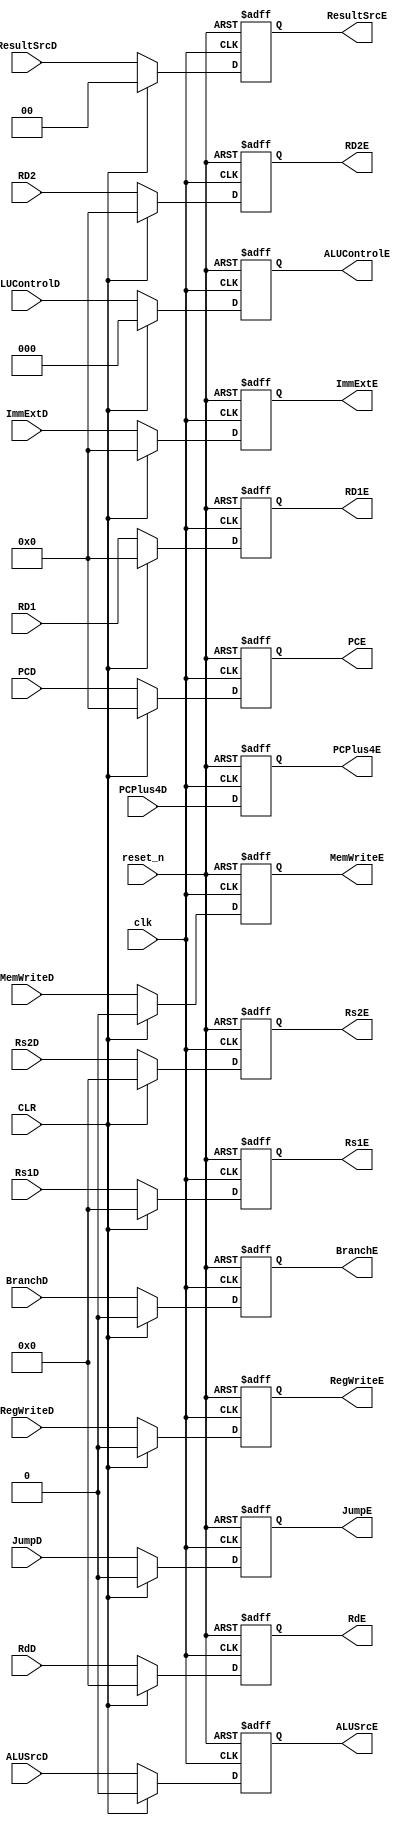
module decode_execute_pipeline(
input wire clk,
input wire reset_n,
input wire RegWriteD,
input wire [1:0] ResultSrcD,
input wire MemWriteD,
input wire JumpD,
input wire BranchD,
input wire [2:0] ALUControlD,
input wire ALUSrcD,
input wire CLR,

input wire [31:0] RD1,
input wire [31:0] RD2,
input wire [31:0] PCD,
input wire [4:0] Rs1D,
input wire [4:0] Rs2D,
input wire [4:0] RdD,
input wire [31:0] ImmExtD,
input wire [31:0] PCPlus4D,

output reg RegWriteE,
output reg [1:0] ResultSrcE,
output reg MemWriteE,
output reg JumpE,
output reg BranchE,
output reg [2:0] ALUControlE,
output reg ALUSrcE,

output reg [31:0] RD1E,
output reg [31:0] RD2E,
output reg [31:0] PCE,
output reg [4:0] Rs1E,
output reg [4:0] Rs2E,
output reg [4:0] RdE,

output reg [31:0] ImmExtE,
output reg [31:0] PCPlus4E

);


always @(posedge clk or negedge reset_n  ) begin
 if (!reset_n) 
begin

RegWriteE <= 1'b0;
ResultSrcE <= 2'b0;
MemWriteE <= 1'b0;
JumpE <= 1'b0;
BranchE <= 1'b0;
ALUControlE <= 3'b0;
ALUSrcE <= 1'b0;

 RD1E <= 32'b0;
 RD2E <= 32'b0;
 PCE <= 32'b0;
 Rs1E <= 5'b0;
 Rs2E <= 5'b0;
 RdE <= 5'b0;

 ImmExtE <= 32'b0;
 PCPlus4E <= 32'b0;
end

else if (CLR)
begin
RegWriteE <= 1'b0;
ResultSrcE <= 2'b0;
MemWriteE <= 1'b0;
JumpE <= 1'b0;
BranchE <= 1'b0;
ALUControlE <= 3'b0;
ALUSrcE <= 1'b0;

 RD1E <= 32'b0;
 RD2E <= 32'b0;
 PCE <= 32'b0;
 Rs1E <= 5'b0;
 Rs2E <= 5'b0;
 RdE <= 5'b0;

 ImmExtE <= 32'b0;
 PCPlus4E <= PCPlus4D;
end

else
begin



RegWriteE <= RegWriteD;
ResultSrcE <= ResultSrcD;
MemWriteE <= MemWriteD;
JumpE <= JumpD;
BranchE <= BranchD;
ALUControlE <= ALUControlD;
ALUSrcE <= ALUSrcD;

 RD1E <= RD1;
 RD2E <= RD2;
 PCE <= PCD;
 Rs1E <= Rs1D;
 Rs2E <= Rs2D;
 RdE <= RdD;

 ImmExtE <= ImmExtD;
 PCPlus4E <= PCPlus4D;



end
end

endmodule